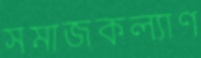
সমাজকল্যাণ